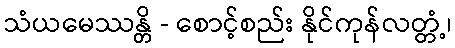
သံယမေဿန္တိ - စောင့်စည်း နိုင်ကုန်လတ္တံ့၊